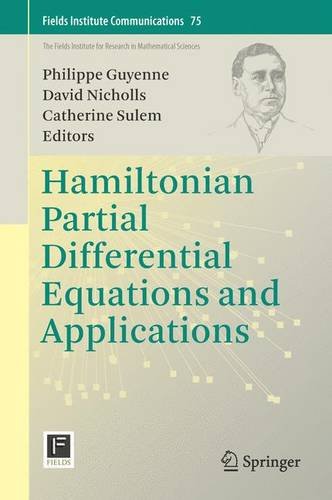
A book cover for Hamiltonian Partial Differential Equations and Applications (Fields Institute Communications); Science & Math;